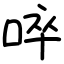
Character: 啐